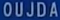
OUJDA